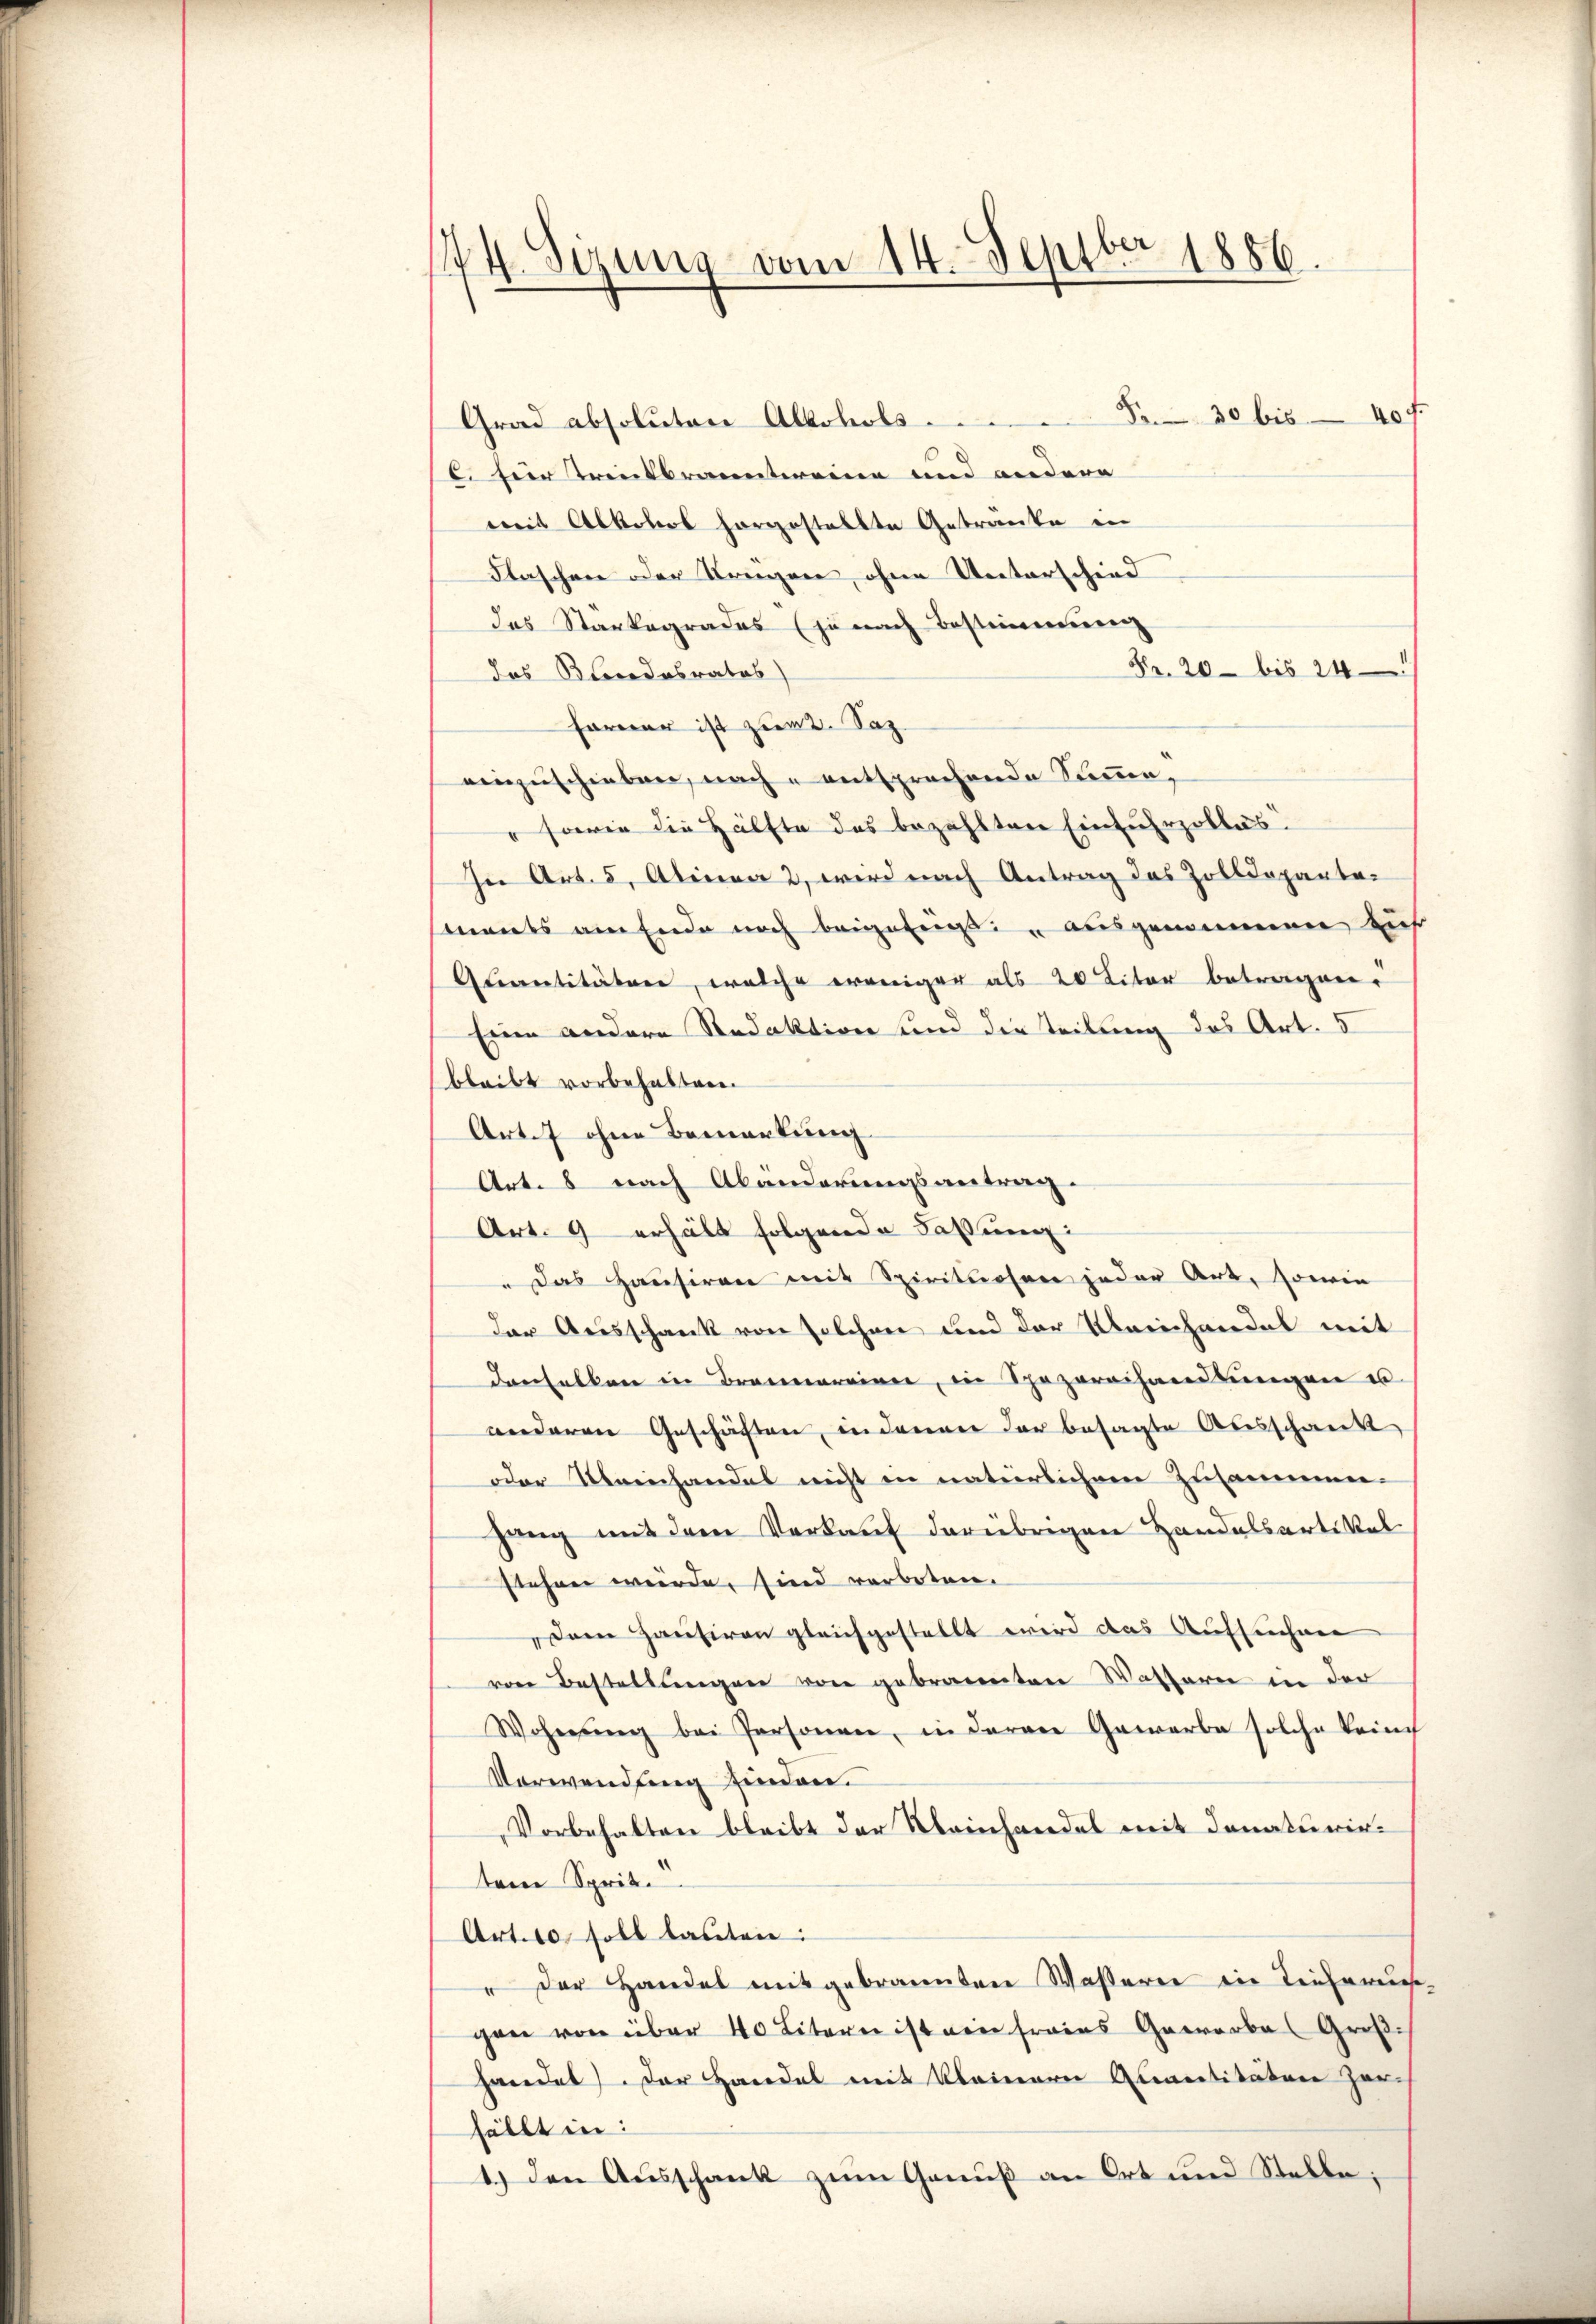
174. Sizung vom 14. Septbr 1886.

Grad absoluten Alkohols 8 30 bis 40 f.
C. für Trinkbranntereine und andere
weit Alkohol horgestellte Getränke in
Flaschen oder Streigen, ohne Unterschied
das Stankogrades (zu nach Bestimmung
Fr. 20 bis 24
das Blendesrates)
Farner ist zum 2. Saz.
einzuschieben, nach entsprechende Summe,
" sowie die Hälfte des bezahlten Einfuhrzolles.
In Art. 5, Alinea 2, wird nach Antrag des Zolldepartemants am Ende noch beigefiigt ausgenominen auf
Auantitätere, welche weniger als 20 Liter betragen.
Eine andere Redaktion und die Teilung des Art. 5
bleibt vorbehalten.
Art. 7 ohne Bemerkung
Art. 8 nach Abänderungsantrag.
Art. 9 erhält folgende Fassung:
" Das Haŭsiren mit Spirituosen jeder Art, sowie
der Ausschank von solchen und der Kleinhandel mit
danhalten in Brennereien, in Spezereihandlŭngen u.
anderen Geschäften, in Jenner der besagte Ausschank
oder Meinhandes nicht in natürlichem Zusammen-
gang mit dem Verkauf darübrigen Handelsarte Kal
stehen würde, sind verboten.
Dem Hausiren gleichgestellt wird das Aufsuchen
von Bestellungen von gebrannten Wassern in der
Wohnung bei Personen, in daran Gewerbe solche keine
Verwendung finden.
Vorbehalten bleibt der Reinhandel mit donaturirtem Sprit.
Art. 10 soll lauten:
" Der Handel mitgebrannten Wasserer in Tieferie-
gen von über 40 Litern ist ein frains Gewerbes Großhandes). Der Handel mit kleinern Quantitäten zer-
fällt in:
1.) Den Ausschank zum Genuß an Ort und Stelle;